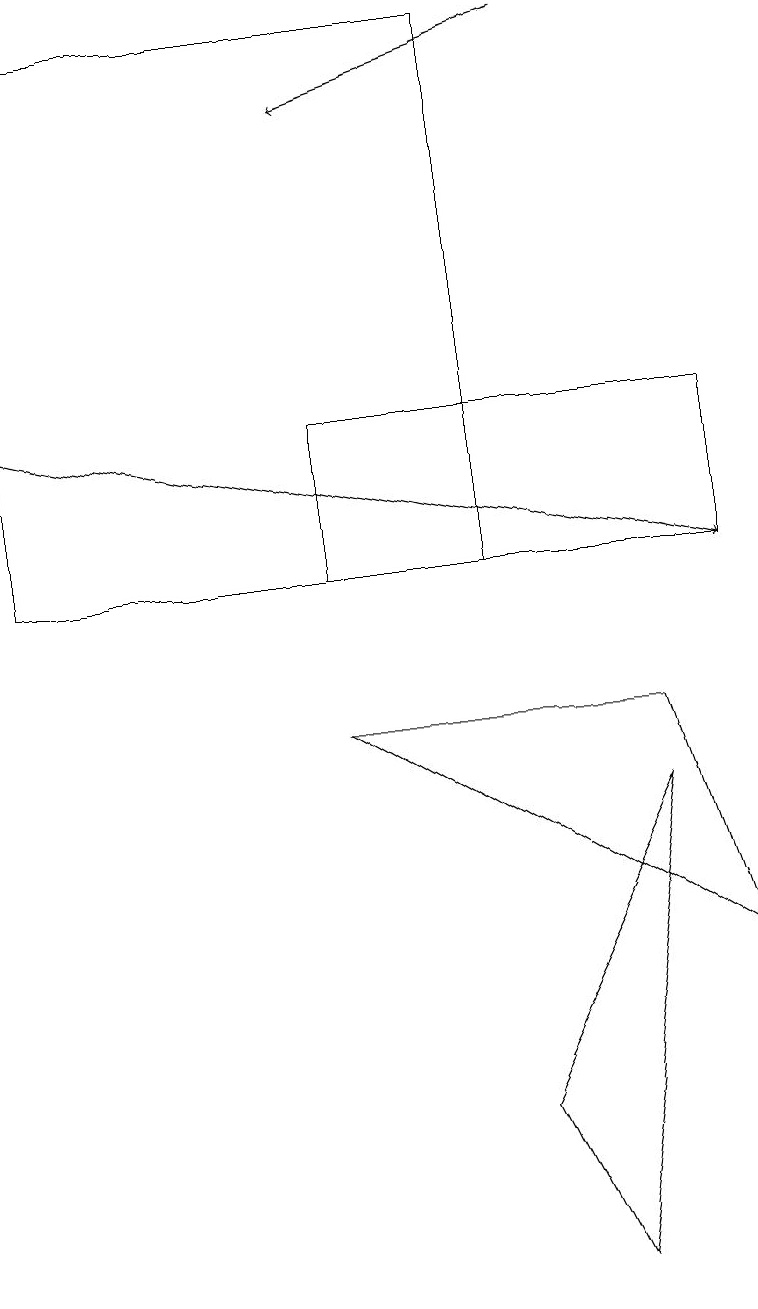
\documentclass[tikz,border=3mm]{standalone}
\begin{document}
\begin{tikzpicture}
\draw (6,17) rectangle (0,10);
\draw (6,3) -- (8,7) -- (7,1) -- cycle;
\draw (4,12) rectangle (9,10);
\draw[->] (0,12) -- (9,10);
\draw[->] (7,17) -- (4,16);
\draw (4,8) -- (8,8) -- (9,5) -- cycle;
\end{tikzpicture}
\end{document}